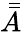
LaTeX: \bar{\bar{A}}